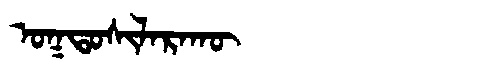
Manchu: ᠣᡴᡨᠣᠰᡳᠯᠠᡵᠠᡴᡡ
Romanization: OKTOSILARAKŪ